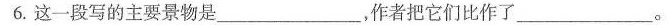
6.这一段写的主要景物是___，作者把它们比作了___。